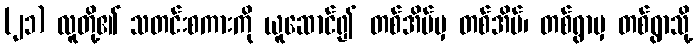
(၂၁) လူတို့၏ သတင်းစကားကို ယူဆောင်၍ တစ်အိမ်မှ တစ်အိမ်၊ တစ်ရွာမှ တစ်ရွာသို့